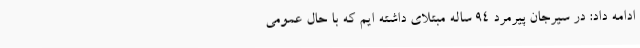
ادامه داد: در سیرجان پیرمرد 94 ساله مبتلای داشته ایم که با حال عمومی